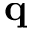
\textbf { q }